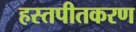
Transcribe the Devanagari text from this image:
हस्तपीतकरण